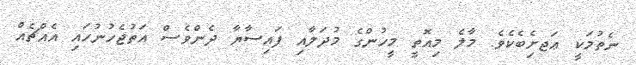
ނެތުމަކީ ޢަޖށެިބެކެވެ. މާލެ މިއޮތީ މީހުންގެ މުދަލާއި ފައިސާޔާ ދެންވެސް އަތުޖެހުނުހައި އެއްޗެއް